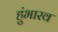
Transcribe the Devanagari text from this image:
हुंभारव